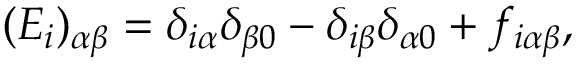
( E _ { i } ) _ { \alpha \beta } = \delta _ { i \alpha } \delta _ { \beta 0 } - \delta _ { i \beta } \delta _ { \alpha 0 } + f _ { i \alpha \beta } ,